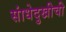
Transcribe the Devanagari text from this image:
सांधेदुखीची